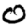
Digit: 0